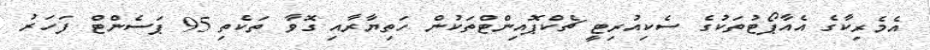
އެމެރިކާގެ އެއާޕޯޓުތަކުގެ ސެކިއުރިޓީ ޗެކްޕޮއިންޓްތަކުން ހަތިޔާރާއި ގޮވާ ތަކެތި 95 ޕަސެންޓް ފަހަރު